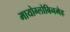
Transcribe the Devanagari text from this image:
मायोग्लोबिनमेह